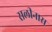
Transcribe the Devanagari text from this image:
सलीनास